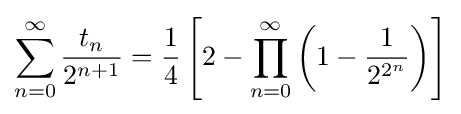
\sum _{n=0}^{\infty }{\frac {t_{n}}{2^{n+1}}}={\frac {1}{4}}\left[2-\prod _{n=0}^{\infty }\left(1-{\frac {1}{2^{2^{n}}}}\right)\right]